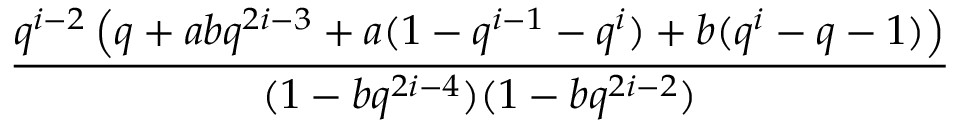
\frac { q ^ { i - 2 } \left( q + a b q ^ { 2 i - 3 } + a ( 1 - q ^ { i - 1 } - q ^ { i } ) + b ( q ^ { i } - q - 1 ) \right) } { ( 1 - b q ^ { 2 i - 4 } ) ( 1 - b q ^ { 2 i - 2 } ) }